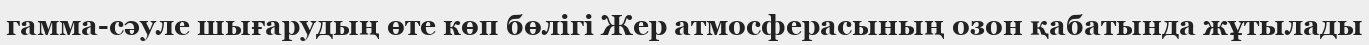
гамма-сәуле шығарудың өте көп бөлігі Жер атмосферасының озон қабатында жұтылады